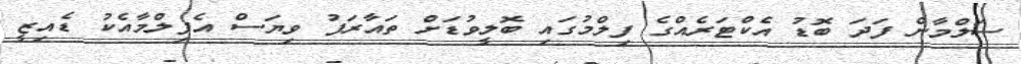
ސަލްމާން ފަދަ ބޮޑު އެކްޓަރެއްގެ ފިލްމުގައި ބޮލީވުޑަށް ތައާރަފު ވިޔަސް އެފިލްމާއެކު ޑެއިޒީ